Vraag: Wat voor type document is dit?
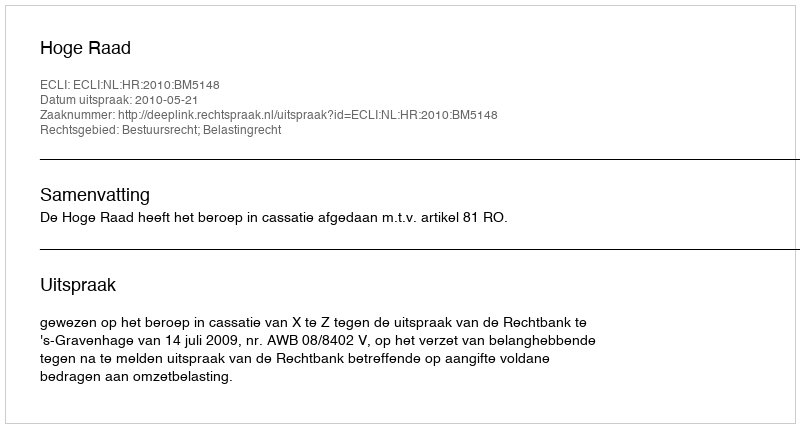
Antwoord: Uitspraak